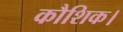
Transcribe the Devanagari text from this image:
कौशिक।